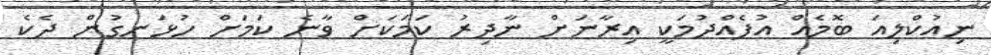
ނިއުކްލިއަ ބޮމެއް އުފެއްދުމަކީ އިރާނަށް ނާދިރު ކަމަކަށް ވާނެ ކަމަށް ހުޅަނގުން ދެކެ